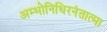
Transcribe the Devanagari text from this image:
अम्भोनिधिरनंतात्मा